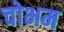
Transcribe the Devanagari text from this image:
चोभम